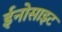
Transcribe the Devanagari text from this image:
ईनोसाइट